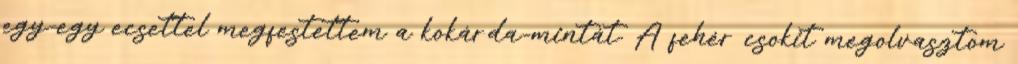
egy-egy ecsettel megfestettem a kokárda-mintát. A fehér csokit megolvasztom